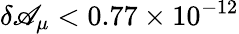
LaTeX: \delta\mathscr{A}_{\mu}<0.77\times10^{-12}